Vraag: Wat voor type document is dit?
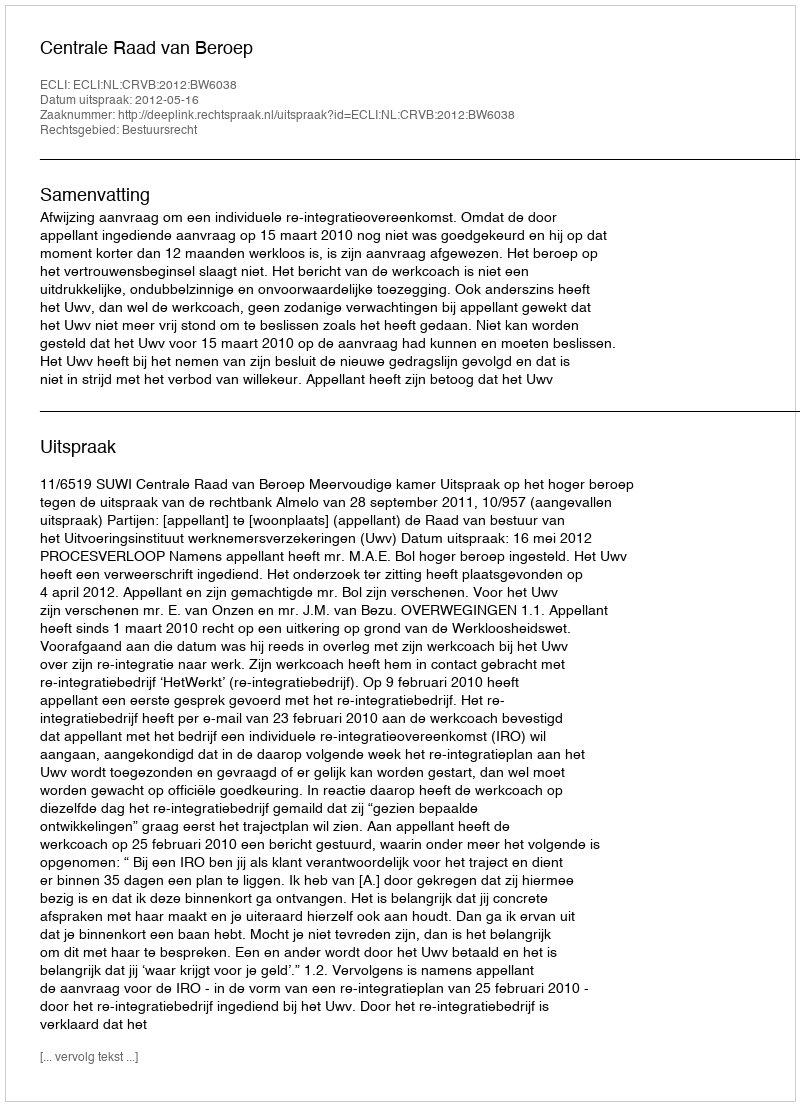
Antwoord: Uitspraak